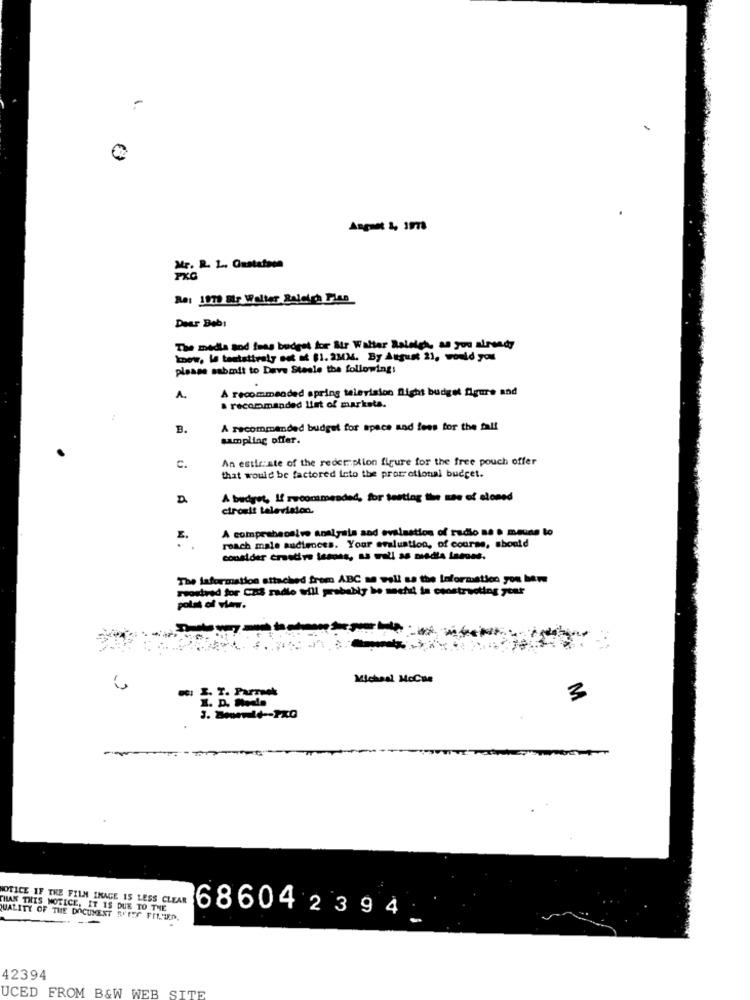
Angnet 2, 1978
Mr. R. L. Gustafson
Re: 1979 Sir Walter Raleigh Plas
Dear Bebi
The media and fees budget for Str Walter Raleigh, an you already
know, le tentatively set of $1. 2MM. By August 21, would you
please submit to Dave Stesle the following:
À recommended spring television flight budget figure and
.
A.
a recommanded list of marksta.
B.
A recommended budget for space and fees for the fall
sampling offer.
An estir:ste of the redemption figure for the free pouch offer
C.
that would be factored icto the proc ctional budget.
A budget, If recommended, for testlog the see of aloned
cironit television.
A comprehensive analyals sod evaluation of radio n. º meuns to
reach male audiences. Your evaluation, of course, should
consider crastive issons, as well as misdla langes.
The information attached frem ABC se well as the Information you bare
roostved for Cz radio will probably be sechit in constructing ytar
polat of view.
Micheal MoCua
3
3. 8mld -- PKG
NOTICE IF THE FILM IMAGE IS LESS CLEAR
THAN THIS NOTICE, IT IS DUE TO THE
QUALITY OF THE DOCUMENT SIEG FRIED.
686042 3 94
42394
UCED FROM B&W WEB SITE